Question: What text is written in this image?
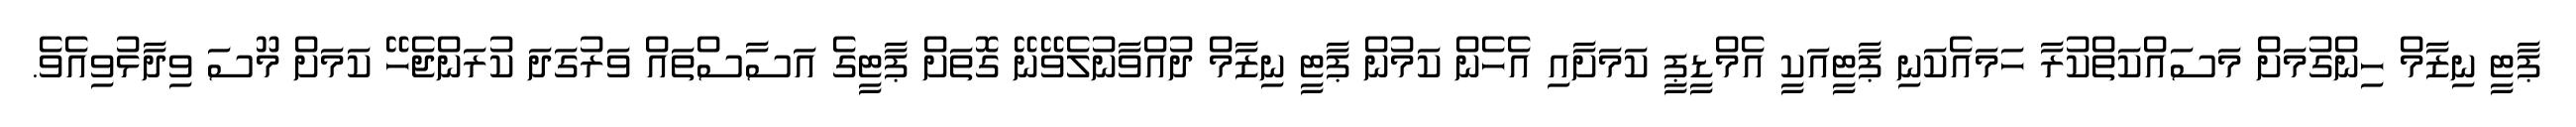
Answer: ޕާޓީ ނިޒާމް ހިންގުމަށް މަސައްކަތްކުރާ ހަމައެކަނި ޕާޓީއަކީ އެމްޑީޕީ ކަމަށާއި އެހެން ކަމުން ޕާޓީ ނިޒާމް ދުއްވާނުލެވޭނޭ ގޮތަށް ޕާޓީގެ އަސާސްތައް ވަރުގަދަ ކުރަންޖެހޭ ކަމަށް މޫސަ ވިދާޅުވިއެވެ.